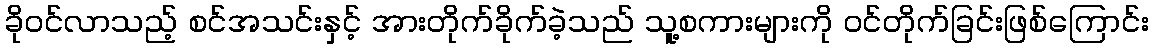
ခိုဝင်လာသည့် စင်အသင်းနှင့် အားတိုက်ခိုက်ခဲ့သည် သူ့စကားများကို ဝင်တိုက်ခြင်းဖြစ်ကြောင်း